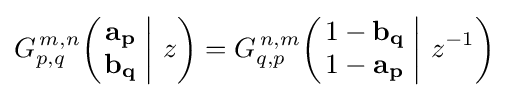
G_{p,q}^{\,m,n}\!\left(\left.{\begin{matrix}\mathbf {a_{p}} \\\mathbf {b_{q}} \end{matrix}}\;\right|\,z\right)=G_{q,p}^{\,n,m}\!\left(\left.{\begin{matrix}1-\mathbf {b_{q}} \\1-\mathbf {a_{p}} \end{matrix}}\;\right|\,z^{-1}\right)